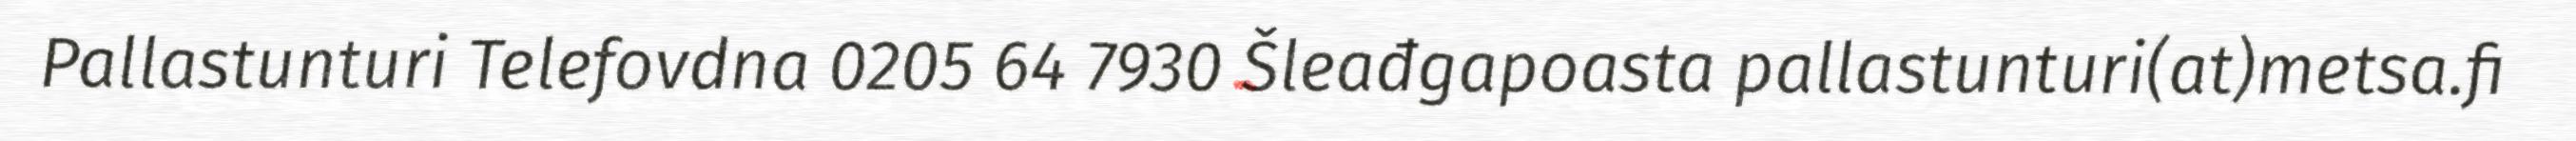
Pallastunturi Telefovdna 0205 64 7930 Šleađgapoasta pallastunturi(at)metsa.fi